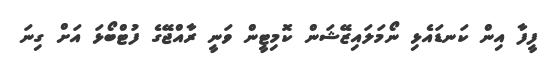
ފީފާ އިން ކަނޑައެޅި ނޯމަލައިޒޭޝަން ކޮމިޓީން ވަނީ ރާއްޖޭގެ ފުޓްބޯޅަ އަށް ގިނަ